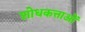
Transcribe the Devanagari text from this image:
शोधकत्ताओं